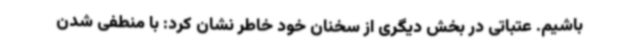
باشیم. عتباتی در بخش دیگری از سخنان خود خاطر نشان کرد: با منطفی شدن